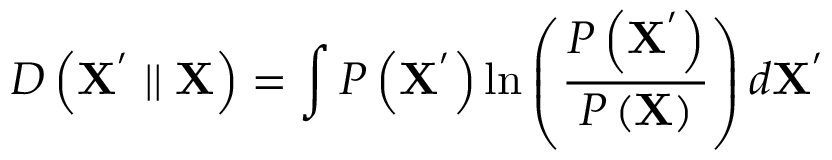
D \left( \mathbf { X ^ { ' } } \mid \mid \mathbf { X } \right) = \int P \left( \mathbf { X ^ { ' } } \right) \ln \left( \frac { P \left( \mathbf { X ^ { ' } } \right) } { P \left( \mathbf { X } \right) } \right) d \mathbf { X ^ { ' } }